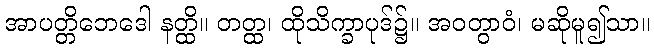
အာပတ္တိဘေဒေါ နတ္ထိ။ တတ္ထ၊ ထိုသိက္ခာပုဒ်၌။ အဝတွာဝံ၊ မဆိုမူ၍သာ။